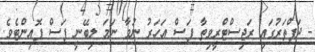
- ދަފްތަރުގައި ރަޖިސްޓްރީވިތާ ފަސް އަހަރު ނުވާ ނަމަ ލިބޭނީ ފަސް ޕޮއިންޓެވެ.